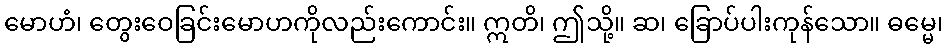
မောဟံ၊ တွေးဝေခြင်းမောဟကိုလည်းကောင်း။ ဣတိ၊ ဤသို့။ ဆ၊ ခြောပ်ပါးကုန်သော။ ဓမ္မေ၊